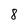
Character: 8